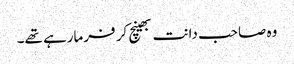
وہ صاحب دانت بھینچ کر فرمارہے تھے۔